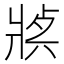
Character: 𤖈